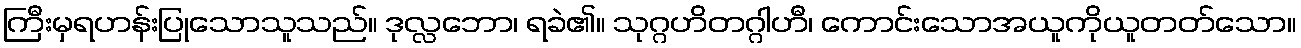
ကြီးမှရဟန်းပြုသောသူသည်။ ဒုလ္လဘော၊ ရခဲ၏။ သုဂ္ဂဟိတဂ္ဂါဟီ၊ ကောင်းသောအယူကိုယူတတ်သော။